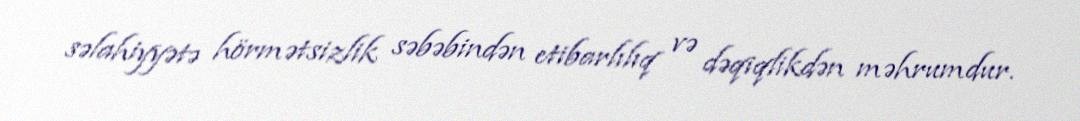
səlahiyyətə hörmətsizlik səbəbindən etibarlılıq və dəqiqlikdən məhrumdur.